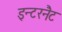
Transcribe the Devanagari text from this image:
इन्टरनैट